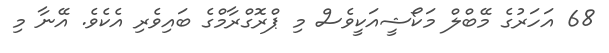
68 އަހަރުގެ މޭބްލް މަކޯޝީއަކީވެސް މި ޕްރޮގްރާމްގެ ބައިވެރި އެކެވެ. އޭނާ މި